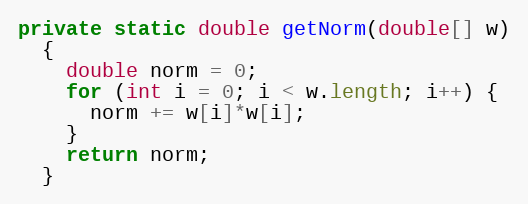
Language: Java
private static double getNorm(double[] w)
  {
    double norm = 0;
    for (int i = 0; i < w.length; i++) {
      norm += w[i]*w[i];
    }
    return norm;
  }